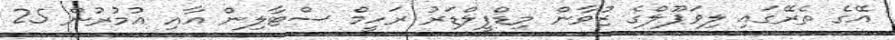
އޭގެ ތެރޭގައި ލިވަޕޫލްގެ ޒުވާން މިޑްފީލްޑަރު ރަހީމް ސްޓާލިން އާއި އުމުރުން 25